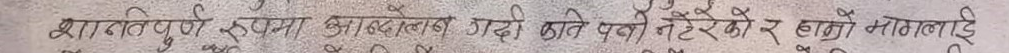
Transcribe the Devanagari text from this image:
अत्यन्त पूर्ण रुपमा आन्दोलन बढी कतै पनी नटेकेको र हाम्रो मागलाई